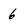
Character: 6